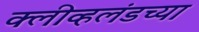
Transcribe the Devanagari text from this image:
क्लीव्हलंडच्या